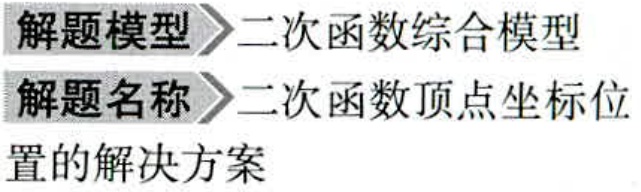
解题模型$\rightharpoonup$二次函数综合模型
解题名称$\rightharpoonup$二次函数顶点坐标位
置的解决方案